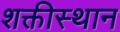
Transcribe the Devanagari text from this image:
शक्तीस्थान